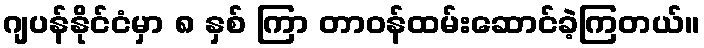
ဂျပန်နိုင်ငံမှာ ၈ နှစ် ကြာ တာဝန်ထမ်းဆောင်ခဲ့ကြတယ်။